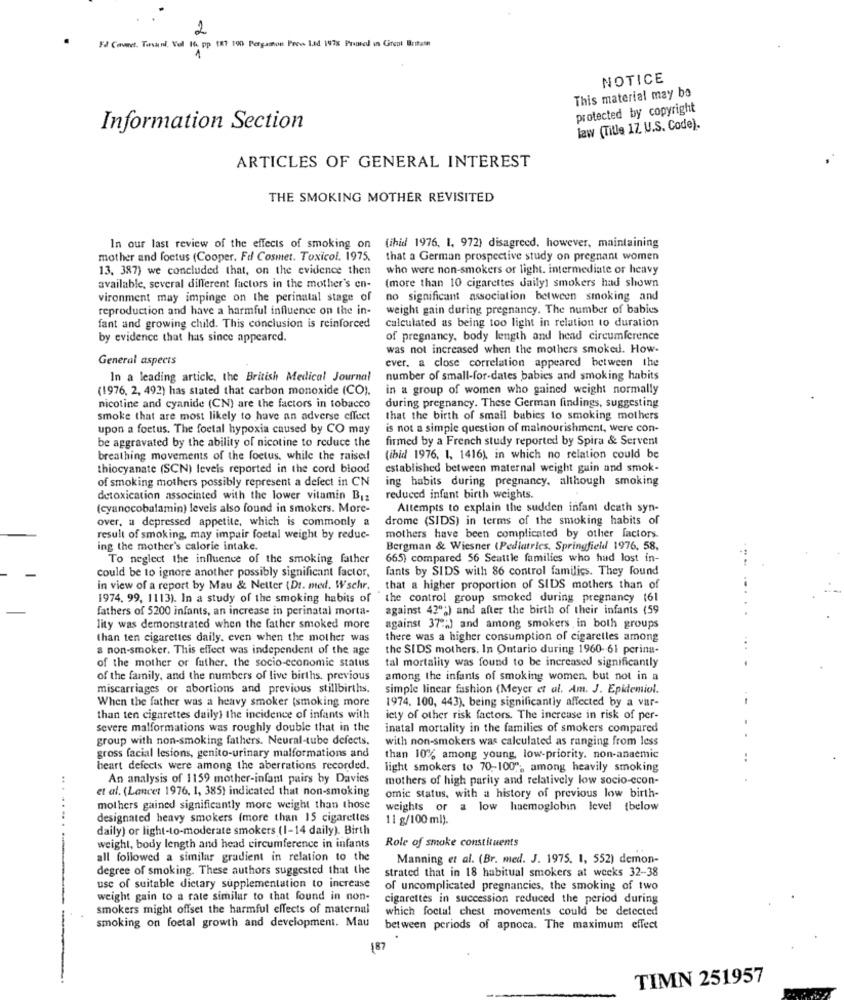
2
Fd Carnet. Tavani, Vul 16. pp 187 190 Pergamon Prev Lad 1978 Printed in Great Britain
NOTICE
This material may be
protected by copyright
Information Section
law (Tille 17. U.S. Code).
ARTICLES OF GENERAL INTEREST
THE SMOKING MOTHER REVISITED
In our last review of the effects of smoking on
(ihid 1976, 1, 972) disagreed, however, maintaining
mother and foetus (Cooper. Fd Cosmet. Toxicol. 1975.
that a German prospective study on pregnant women
13, 387) we concluded that, on the evidence then
who were non-smokers or light. intermediate or heavy
available, several different factors in the mother's en-
(more than 10 cigarettes daily) smokers had shown
vironment may impinge on the perinatal stage of
no significant association between smoking and
reproduction and have a harmful influence on the in-
weight gain during pregnancy. The number of babies
fant and growing child. This conclusion is reinforced
calculated as being too light in relation to duration
by evidence that has since appeared.
of pregnancy, body length and head circumference
was not increased when the mothers smoked. How-
General aspects
ever. a close correlation appeared between the
In a leading article, the British Medical Journal
number of small-for-dates babies and smoking habits
(1976, 2, 492) has stated that carbon monoxide (CO).
in a group of women who gained weight normally
nicotine and cyanide (CN) are the factors in tobacco
during pregnancy. These German findings, suggesting
smoke that are most likely to have an adverse effect
that the birth of small babies to smoking mothers
upon a foetus. The foetal hypoxia caused by CO may
is not a simple question of malnourishment, were con-
firmed by a French study reported by Spira & Servent
be aggravated by the ability of nicotine to reduce the
breathing movements of the foetus, while the raisedl
(ibid 1976, 1, 1416), in which no relation could be
thiocyanate (SCN) levels reported in the cord blood
established between maternal weight gain and smok-
of smoking mothers possibly represent a defect in CN
ing habits during pregnancy. although smoking
detoxication associated with the lower vitamin B12
reduced infant birth weights.
(cyanocobalamin) levels also found in smokers. More-
Attempts to explain the sudden infant death syn-
over, a depressed appetite, which is commonly a
drome (SIDS) in terms of the smoking habits of
result of smoking, may impair foetal weight by reduc-
mothers have been complicated by other factors.
ing the mother's calorie intake.
Bergman & Wiesner (Pediatrics, Springfield 1976, 58,
To neglect the influence of the smoking father
665) compared 56 Seattle families who had lost in-
fants by SIDS with 86 control families. They found
could be to ignore another possibly significant factor,
in view of a report by Mau & Netter (Dt. med. Wschr.
that a higher proportion of SIDS mothers than of
1974. 99, 1113). In a study of the smoking habits of
the control group smoked during pregnancy (61
fathers of 5200 infants, an increase in perinatal morta-
against 42;) and after the birth of their infants (59
lity was demonstrated when the father smoked more
against 372;) and among smokers in both groups
than ten cigarettes daily. even when the mother was
there was a higher consumption of cigaretles among
a non-smoker. This effect was independent of the age
the SIDS mothers. In Ontario during 1960-61 perina-
tal mortality was found to be increased significantly
of the mother or futher, the socio-economic status
of the family, and the numbers of live births, previous
among the infants of smoking women, but not in a
miscarriages or abortions and previous stillbirths.
simple linear fashion (Meyer et al. Am. J. Epidemiol.
When the father was a heavy smoker [smoking more
1974. 100, 443), being significantly affected by a var-
than ten cigarettes daily} the incidence of infants with
icty of other risk factors. The increase in risk of per-
severe malformations was roughly double that in the
inatal mortality in the families of smokers compared
group with non-smoking fathers. Neural-tube defects.
with non-smokers was calculated as ranging from less
gross facial lesions, genito-urinary malformations and
than 10% among young, low-priority. non-anaemic
heart defects were among the aberrations recorded.
light smokers to 70-100%, among heavily smoking
An analysis of 1159 mother-infant pairs by Davies
mothers of high parity and relatively low socio-econ-
.. .
et al. (Lancet 1976, 1, 385) indicated that non-smoking
omic status, with a history of previous low birth-
mothers gained significantly more weight than those
weights or a low haemoglobin level [below
designated heavy smokers (more than 15 cigarettes
11 g/100 ml).
daily) or light-to-moderate smokers (1-14 daily). Birth
Role of smoke constituents
weight, body length and head circumference in infants
all followed a similar gradient in relation to the
Manning et al. (Br. med. J. 1975. 1, 552) demon-
degree of smoking. These authors suggested that the
strated that in 18 habitual smokers at weeks 32-38
use of suitable dietary supplementation to increase
of uncomplicated pregnancies, the smoking of two
weight gain to a rate similar to that found in non-
cigarettes in succession reduced the period during
smokers might offset the harmful effects of maternal
which foctal chest movements could be detected
smoking on foetal growth and development. Mau
between periods of apnoca. The maximum effect
187
TIMN 251957